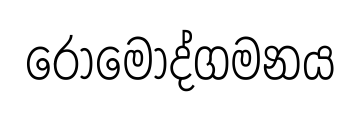
රොමොද්ගමනය